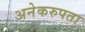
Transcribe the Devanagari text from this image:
अनेकरुपता